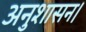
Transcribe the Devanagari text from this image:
अनुशासन।